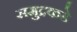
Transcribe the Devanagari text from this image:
समुद्रकडे